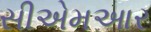
સીએમઆર